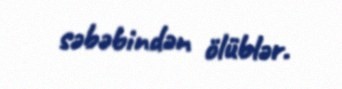
səbəbindən ölüblər.